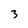
Character: 3